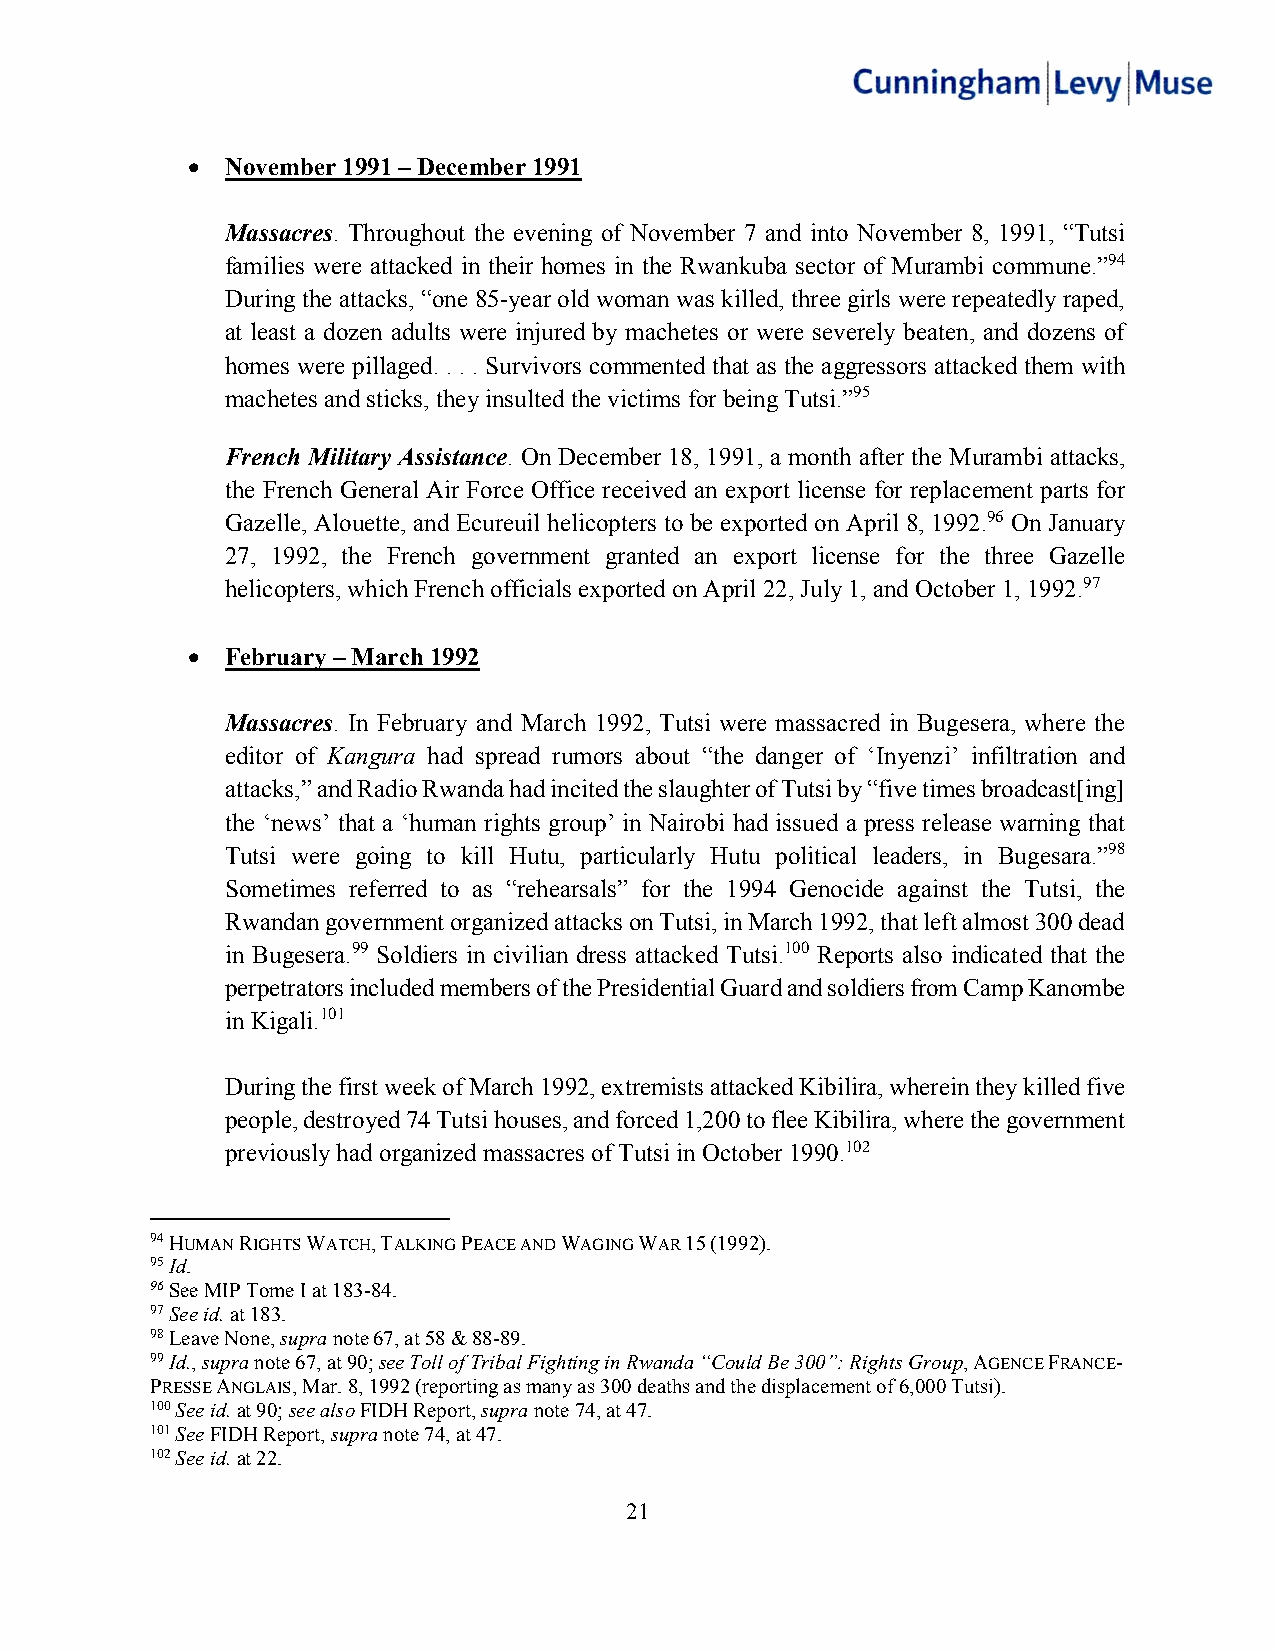
•  November 1991 – December 1991
 Massacres. Throughout the evening of November 7 and into November 8, 1991, “Tutsi
 families were attacked in their homes in the Rwankuba sector of Murambi commune.”94
 During the attacks, “one 85-year old woman was killed, three girls were repeatedly raped,
 at least a dozen adults were injured by machetes or were severely beaten, and dozens of
 homes were pillaged. . . . Survivors commented that as the aggressors attacked them with
 machetes and sticks, they insulted the victims for being Tutsi.”95
 French Military Assistance. On December 18, 1991, a month after the Murambi attacks,
 the French General Air Force Office received an export license for replacement parts for
 Gazelle, Alouette, and Ecureuil helicopters to be exported on April 8, 1992.96 On January
 27, 1992, the French government granted an export license for the three Gazelle
 helicopters, which French officials exported on April 22, July 1, and October 1, 1992.97
 •  February – March 1992
 Massacres. In February and March 1992, Tutsi were massacred in Bugesera, where the
 editor of Kangura had spread rumors about “the danger of ‘Inyenzi’ infiltration and
 attacks,” and Radio Rwanda had incited the slaughter of Tutsi by “five times broadcast[ing]
 the ‘news’ that a ‘human rights group’ in Nairobi had issued a press release warning that
 Tutsi were going to kill Hutu, particularly Hutu political leaders, in Bugesara.”98
 Sometimes referred to as “rehearsals” for the 1994 Genocide against the Tutsi, the
 Rwandan government organized attacks on Tutsi, in March 1992, that left almost 300 dead
 in Bugesera.99 Soldiers in civilian dress attacked Tutsi.100 Reports also indicated that the
 perpetrators included members of the Presidential Guard and soldiers from Camp Kanombe
 in Kigali.101
 During the first week of March 1992, extremists attacked Kibilira, wherein they killed five
 people, destroyed 74 Tutsi houses, and forced 1,200 to flee Kibilira, where the government
 previously had organized massacres of Tutsi in October 1990.102
 94 HUMAN RIGHTS WATCH, TALKING PEACE AND WAGING WAR 15 (1992).
 95 Id.
 96 See MIP Tome I at 183-84.
 97 See id. at 183.
 98 Leave None, supra note 67, at 58 & 88-89.
 99 Id., supra note 67, at 90; see Toll of Tribal Fighting in Rwanda “Could Be 300”: Rights Group, AGENCE FRANCE-
 PRESSE ANGLAIS, Mar. 8, 1992 (reporting as many as 300 deaths and the displacement of 6,000 Tutsi).
 100 See id. at 90; see also FIDH Report, supra note 74, at 47.
 101 See FIDH Report, supra note 74, at 47.
 102 See id. at 22.
 21